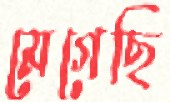
মেগেছি